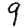
Digit: 9